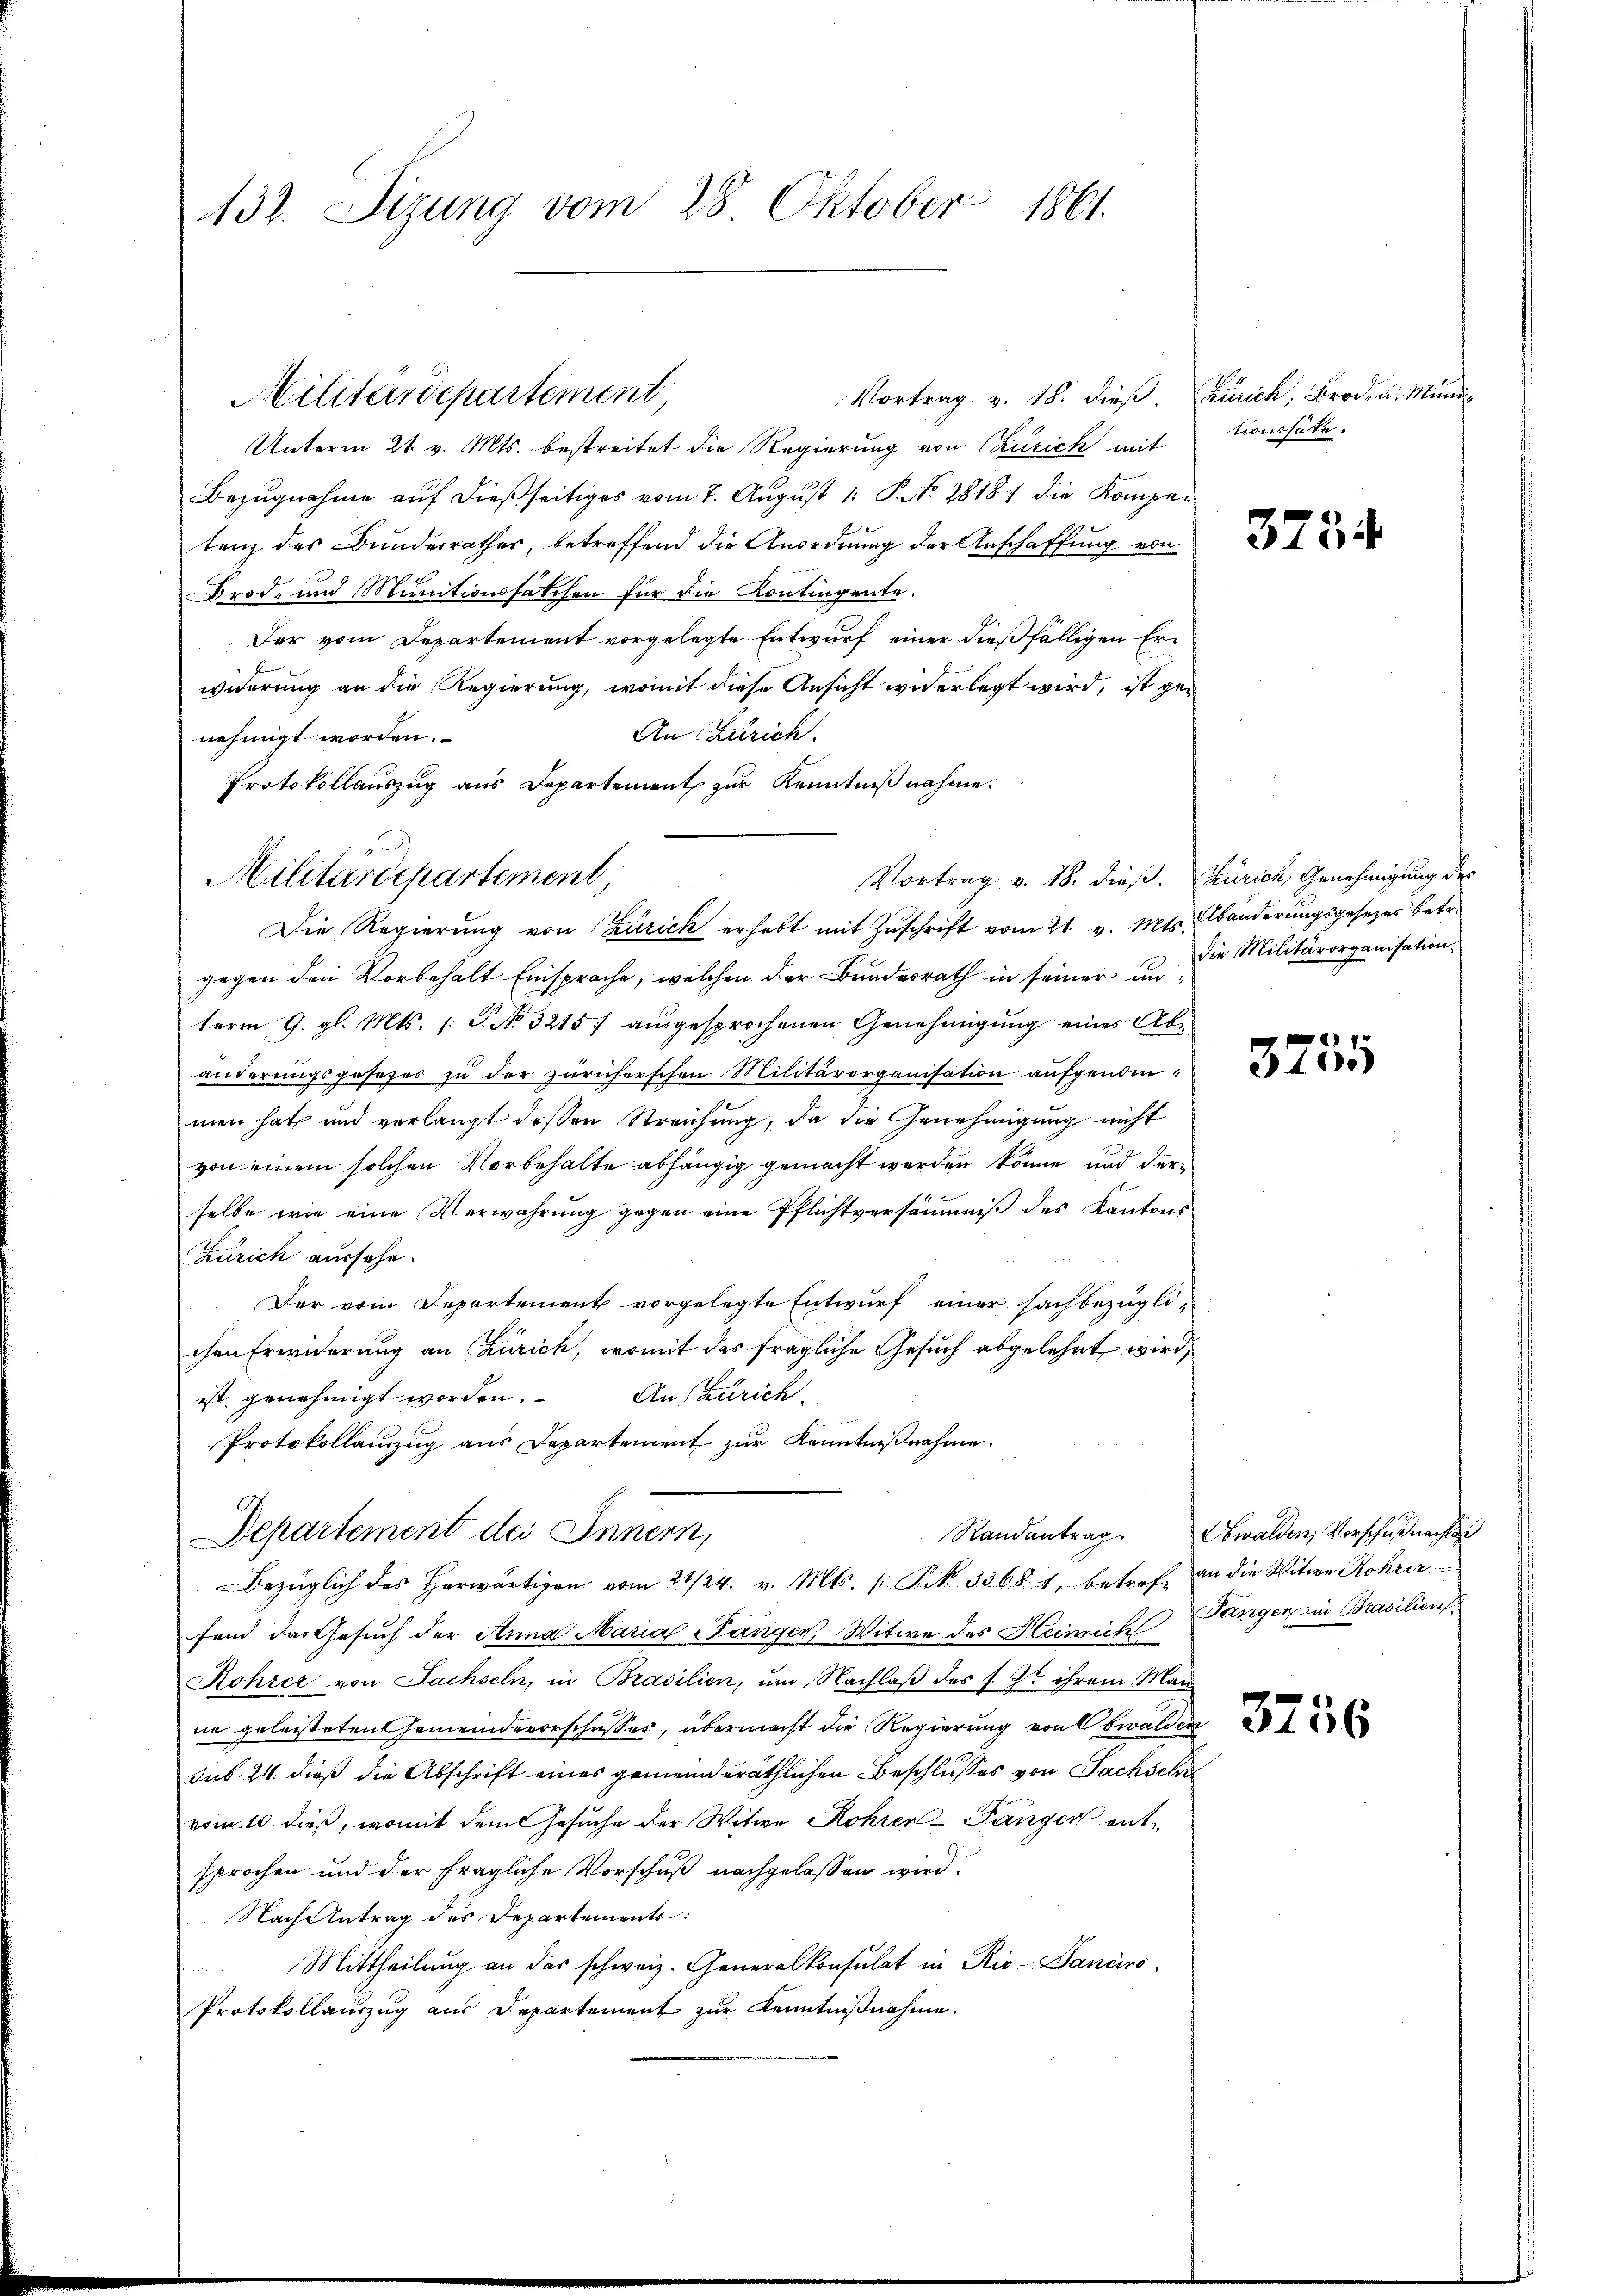
132. Sizung vom 28 Oktober 1861.

Vortrag v. 18. dies Zürich, Brod. u. Mund
Unterm 21. v. Mts. bestreitet die Regierung von Curich mit
Bezugnahme auf dießseitiges vom 7. August 1. P. No. 28187 die Kompetenz des Bundesrathes, betreffend die Anordnung der Anschaffung von
Brod, und Munitionsfatchen für die Kontingente.
Der vom Departement vorgelegte Entwurf einer dießfälligen Erwiderung an die Regierung, womit diese Ansicht widerlegt wird, ist ge¬
An Zürich.
nehmigt worden.
Protokollauszug aus Departement zur Kenntnißnahme.
Vortrag v. 18. dieß. Zürich, Genehmigung des
gegen den Vorbehalt Einsprache, welchen der Bundesrath in seiner unterm 9. gl. Mts. (: S. No. 3215 f ausgesprochenen Genehmigung eines Abe
änderungsgesezes zu der zürcherschen Militärorganisation aufgenom
men hat und verlangt dessen Streichung, da die Genehmigung nicht
von einem solchen Vorbehalte abhängig gemacht werden könne, und derselbe wie eine Verwahrung gegen eine Pflichtversäumniß des Kantons
Zürich aussehe.
Der vom Departement vorgelegte Entwurf einer sachbezüglichen Erwiderung an Zürich, womit das fragliche Gesuch abgelehrt wird,
ist genehmigt worden. An Zürich
Protokollauszug aus Departement zur Kenntnißnahme.
Departement des Innern,
Bezüglich des herwärtigen vom 21/24. v. Mts. (T. No. 3368. 1, betref an die Witwe Rohrer
fend das Gesuch der Anna Marial-Langen Witwe des Heinrich angen in Brasilien
Kohrer von Sachseln, in Brasilien, um Nachlaß des s. Zt. ihrem Man
ne geleisteten Gemeindevorschusses, übermacht die Regierung von Obwalden
sub. 24. dieß die Abschrift eines gemeinderäthlichen Beschlusses von Sachseh
vom 10. dieß, womit dem Gesuche der Witwe Rohrer-Pänger entsprochen und der fragliche Vorschuß nachgelassen wird.
Nach Antrag des Departements
Mittheilung an das schweiz. Generalkonsulat in Rio- Danciro
Protokollauszug aus Departement zur Kenntnißnahme.

Militärdepartement

Militärdepartement,
Die Regierŭng von Zürich erhebt mit Zŭschrift vom 21. v. Mts. Abänderungsgesezes betr.

tionshäte.

3734

die Militärorganisation.

3755

Randantrag. Obwalden, Vorschuß nachlaß